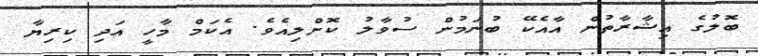
ބޮލުގެ އިޝާރާތުން އާއެކޭ ބުނަމުން ސުވާލު ކޮށްލިއެވެ. އެކަމް މާހީ އަދި ކިރިޔާ